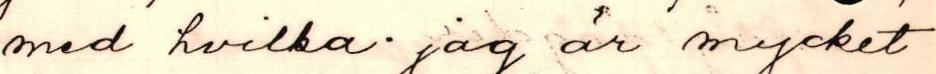
med hvilka. jag är mycket